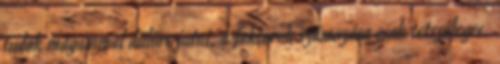
tudok magammal dűlőre jutni, a faktorok számozása csak tetszőleges.